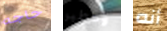
حاجه وخطير أنه